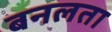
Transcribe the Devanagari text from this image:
बनलता